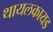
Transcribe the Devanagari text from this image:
थायलकायड